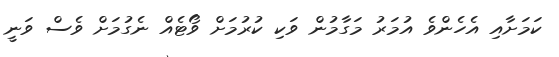
ކަމަށާއި އެހެންވެ އުމަރު މަގާމުން ވަކި ކުރުމަށް ވޯޓެއް ނެގުމަށް ވެސް ވަނީ